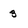
Character: 3